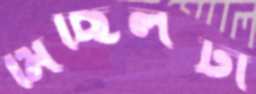
মিছিলটা